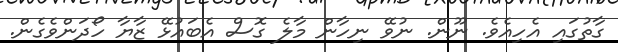
ގާތުގައި އެހިއެވެ. ނޫން. ނުވޭ ނިހާން މާލެ ގޮސް އެބައުޅޭ ޒާޔާ ހޯދަންވެގެން.